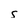
Character: S